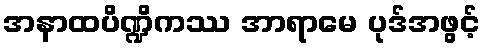
အနာထပိဏ္ဍိကဿ အာရာမေ ပုဒ်အဖွင့်